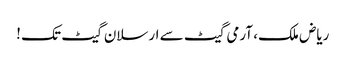
ریاض ملک، آرمی گیٹ سے ارسلان گیٹ تک !